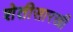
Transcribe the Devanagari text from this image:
शेतीसारखी